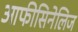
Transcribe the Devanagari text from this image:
आफीसिनेलिज